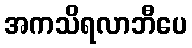
အကသိရလာဘီပေ